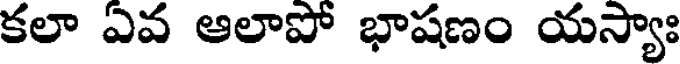
కలా ఏవ ఆలాపో భాషణం యస్యాః